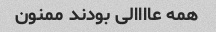
همه عاااالی بودند ممنون